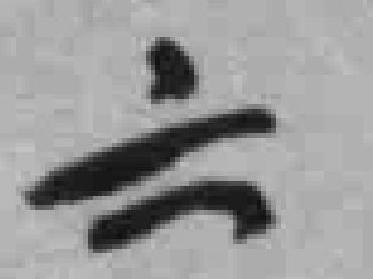
六